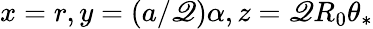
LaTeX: x=r,y=(a/\mathscr{Q})\alpha,z=\mathscr{Q}R_{0}\theta_{*}